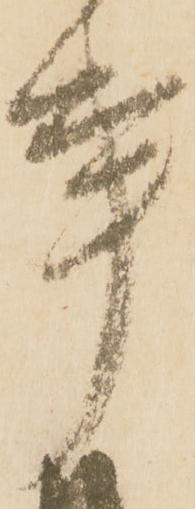
事